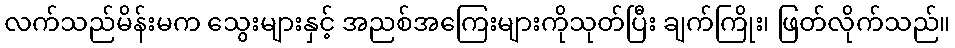
လက်သည်မိန်းမက သွေးများနှင့် အညစ်အကြေးများကိုသုတ်ပြီး ချက်ကြိုး၊ ဖြတ်လိုက်သည်။